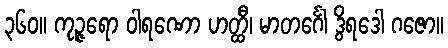
၃၆၀။ ကုဉ္ဇရော ဝါရဏော ဟတ္ထီ၊ မာတင်္ဂေါ ဒွိရဒေါ ဂဇော။